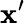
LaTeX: {\boldsymbol{\mathbf{x}}}^{\prime}